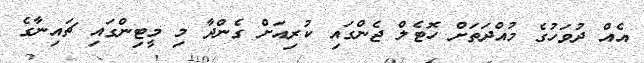
އެއް ދުވަހުގެ މުއްދަތަށް ހޮޓެލް ޖެންގައި ކުރިއަށް ގެންދާ މި މީޓިންގައި ޗައިނާގެ